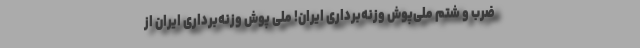
ضرب و شتم ملی‌پوش وزنه‌برداری ایران! ملی پوش وزنه‌برداری ایران از